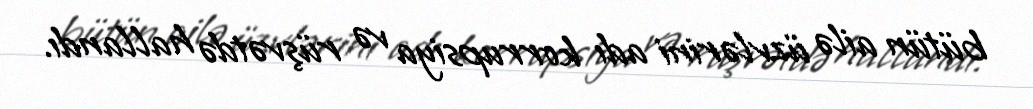
bütün ailə üzvlərini adı korrupsiya və rüşvətdə hallandı.